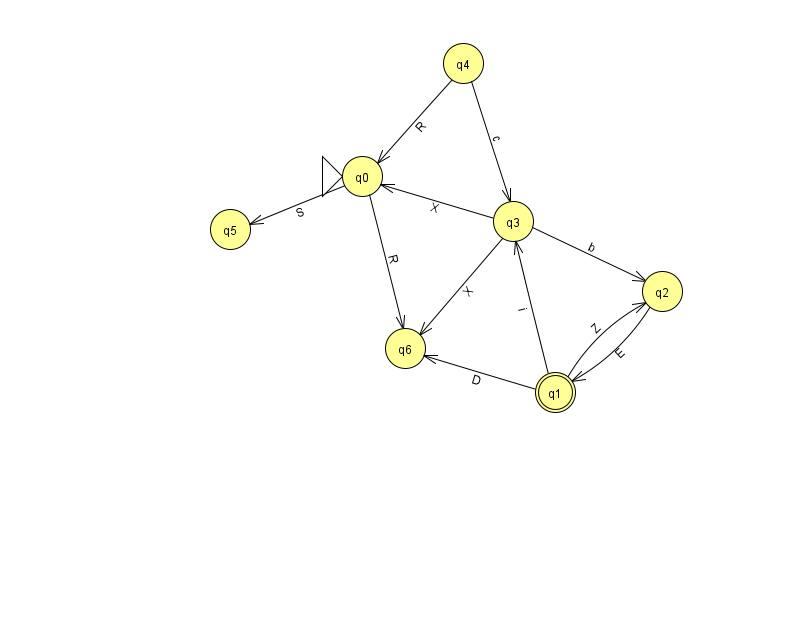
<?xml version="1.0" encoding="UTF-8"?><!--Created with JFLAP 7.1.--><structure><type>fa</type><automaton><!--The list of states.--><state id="0" name="q0"><x>362.0</x><y>163.0</y><initial/></state><state id="1" name="q1"><x>555.0</x><y>379.0</y><final/></state><state id="2" name="q2"><x>662.0</x><y>278.0</y></state><state id="3" name="q3"><x>513.0</x><y>208.0</y></state><state id="4" name="q4"><x>463.0</x><y>50.0</y></state><state id="5" name="q5"><x>230.0</x><y>216.0</y></state><state id="6" name="q6"><x>405.0</x><y>335.0</y></state><!--The list of transitions.--><transition><from>1</from><to>2</to><read>Z</read></transition><transition><from>1</from><to>6</to><read>D</read></transition><transition><from>4</from><to>3</to><read>c</read></transition><transition><from>0</from><to>5</to><read>S</read></transition><transition><from>4</from><to>0</to><read>R</read></transition><transition><from>0</from><to>6</to><read>R</read></transition><transition><from>3</from><to>2</to><read>b</read></transition><transition><from>1</from><to>3</to><read>i</read></transition><transition><from>3</from><to>0</to><read>X</read></transition><transition><from>3</from><to>6</to><read>X</read></transition><transition><from>2</from><to>1</to><read>E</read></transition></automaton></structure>